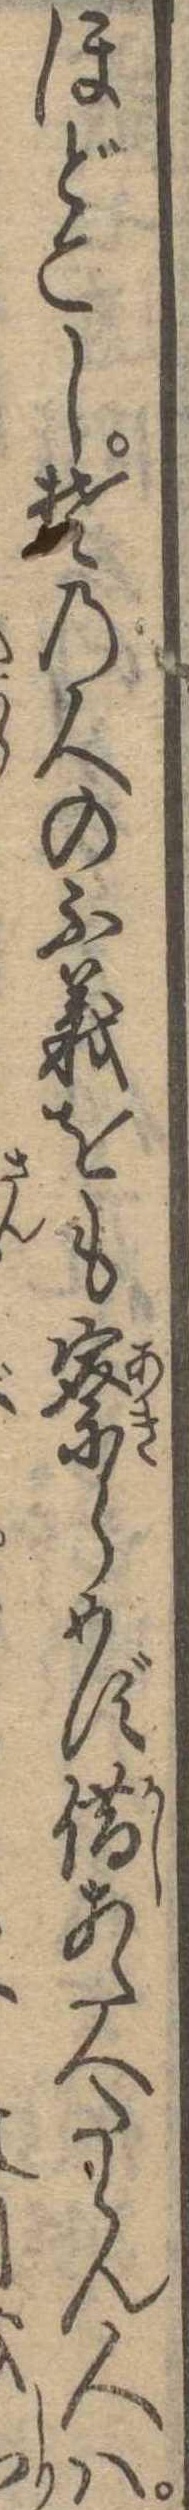
ほどこしその人の不義をも察らめず借あたへたらん人は